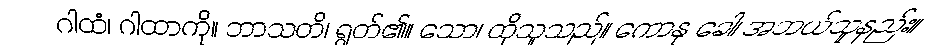
ဂါထံ၊ ဂါထာကို။ ဘာသတိ၊ ရွတ်၏။ သော၊ ထိုသူသည်။ ကောနု ခေါ၊ အဘယ်သူနည်း။